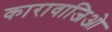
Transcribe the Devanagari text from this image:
कारावाजिओ